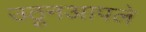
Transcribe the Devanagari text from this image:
उठूनआपले